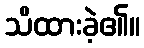
သိထားခဲ့၏။